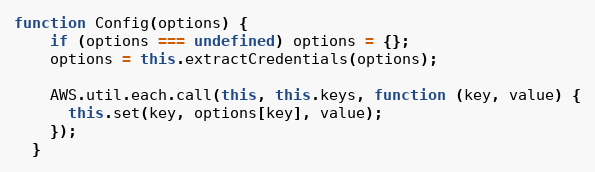
Language: JavaScript
function Config(options) {
    if (options === undefined) options = {};
    options = this.extractCredentials(options);

    AWS.util.each.call(this, this.keys, function (key, value) {
      this.set(key, options[key], value);
    });
  }